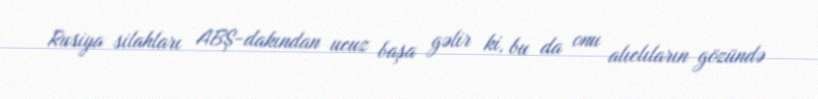
Rusiya silahları ABŞ-dakından ucuz başa gəlir ki, bu da onu alıclıların gözündə